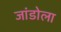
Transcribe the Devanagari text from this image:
जांडोला